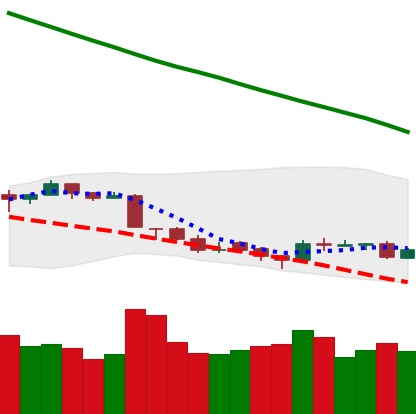
Ticker: TRX-USD
Chart end date: 2018-09-18
Forward return: 22.704%
Label: up_7plus